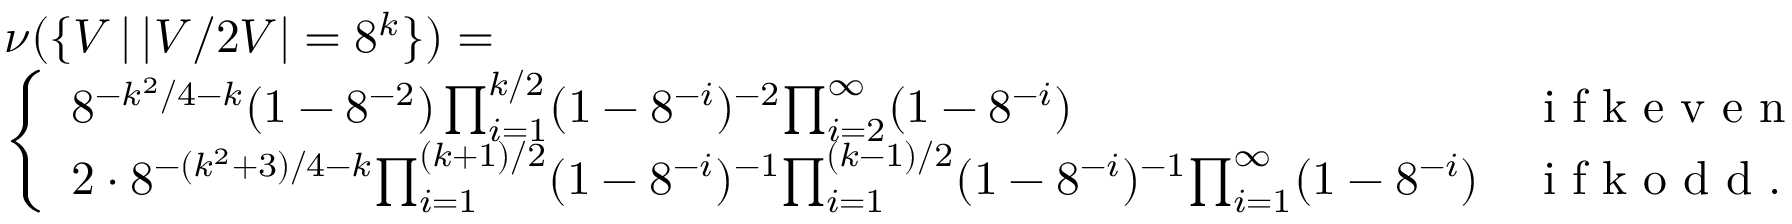
\begin{array} { r l } & { \nu ( \{ V \, | \, | V / 2 V | = 8 ^ { k } \} ) = } \\ & { \left\{ \begin{array} { l l } { 8 ^ { - k ^ { 2 } / 4 - k } ( 1 - 8 ^ { - 2 } ) \prod _ { i = 1 } ^ { k / 2 } ( 1 - 8 ^ { - i } ) ^ { - 2 } { \prod _ { i = 2 } ^ { \infty } ( 1 - 8 ^ { - i } ) } } & { \textrm { i f k e v e n } } \\ { 2 \cdot 8 ^ { - ( k ^ { 2 } + 3 ) / 4 - k } { \prod _ { i = 1 } ^ { ( k + 1 ) / 2 } ( 1 - 8 ^ { - i } ) ^ { - 1 } } { \prod _ { i = 1 } ^ { ( k - 1 ) / 2 } ( 1 - 8 ^ { - i } ) ^ { - 1 } } { \prod _ { i = 1 } ^ { \infty } ( 1 - 8 ^ { - i } ) } } & { \textrm { i f k o d d . } } \end{array} \right. } \end{array}